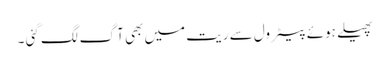
پھیلے ہوئے پیٹرول سے ریت میں بھی آ گ لگ گئی ۔